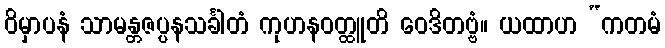
ဝိမှာပနံ သာမန္တဇပ္ပနသင်္ခါတံ ကုဟနဝတ္ထူတိ ဝေဒိတဗ္ဗံ။ ယထာဟ “ကတမံ